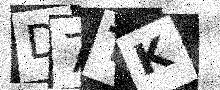
Text: D7TK